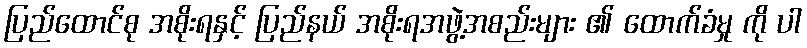
ပြည်ထောင်စု အစိုးရနှင့် ပြည်နယ် အစိုးရအဖွဲ့အစည်းများ ၏ ထောက်ခံမှု ကို ပါ